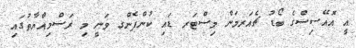
އީ އޮއޭސިސްގެ ބޯޑު ޗެއަރމަން މިސްޓަރ ޑައި ކުންފެންގ ވަނީ މި ރަސްމިއްޔާތުގައި